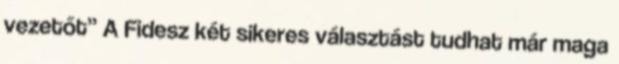
vezetőt” A Fidesz két sikeres választást tudhat már maga